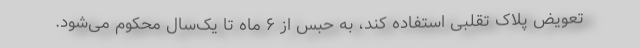
تعویض پلاک تقلبی استفاده کند، به حبس از ۶ ماه تا یک‌سال محکوم می‌شود.